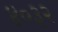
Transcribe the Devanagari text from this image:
४०३२